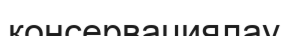
консервациялау